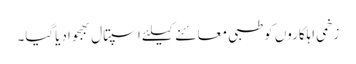
زخمی اہلکاروں کوطبی معائنے کیلئے اسپتال بھجوادیاگیا۔